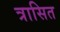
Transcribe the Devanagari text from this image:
त्रासित